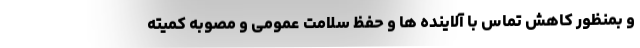
و بمنظور کاهش تماس با آلاینده ها و حفظ سلامت عمومی و مصوبه کمیته